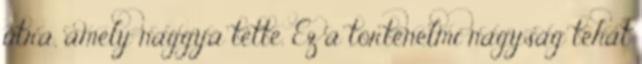
útra, amely naggyá tette. Ez a történelmi nagyság tehát